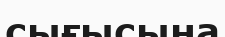
сығысына